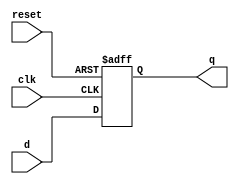
module parameterized_register #(
    parameter N = 8  // Default width is 8 bits
) (
    input wire clk,        // Clock signal
    input wire reset,      // Asynchronous reset signal
    input wire [N-1:0] d,  // N-bit wide input data
    output reg [N-1:0] q   // N-bit wide output
);

    // Always block sensitive to the clock and reset
    always @(posedge clk or posedge reset) begin
        if (reset) begin
            q <= {N{1'b0}}; // Clear register
        end else begin
            q <= d;       // Capture input data
        end
    end

endmodule